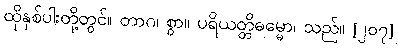
ထိုနှစ်ပါးတို့တွင်။ တာဂ၊ စွာ။ ပရိယတ္တိဓမ္မော၊ သည်။ [၂၀၇]